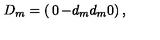
D _ { m } = \left( \begin{matrix} { 0 } & { - d _ { m } } \\ { d _ { m } } & { 0 } \\ \end{matrix} \right) ,